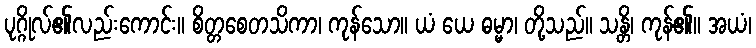
ပုဂ္ဂိုလ်၏လည်းကောင်း။ စိတ္တစေတသိကာ၊ ကုန်သော။ ယံ ယေ ဓမ္မာ၊ တို့သည်။ သန္တိ၊ ကုန်၏။ အယံ၊